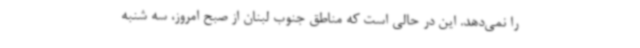
را نمی‌دهد. این در حالی است که مناطق جنوب لبنان از صبح امروز، سه شنبه